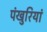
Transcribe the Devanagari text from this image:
पंखुरियां